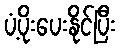
ပံ့ပိုးပေးနိုင်ပြီး